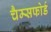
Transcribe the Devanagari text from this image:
चैम्सफोर्ड